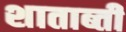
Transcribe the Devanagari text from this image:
शाताब्ती